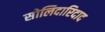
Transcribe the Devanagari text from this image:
सोलिदारिदाद